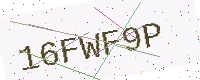
Text: 16FWF9P